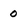
Character: 0